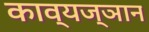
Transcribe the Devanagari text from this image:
काव्यज्ञान